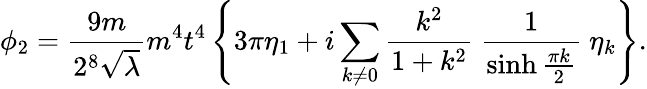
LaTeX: \phi_{2}=\frac{9m}{2^{8}\sqrt\lambda}m^{4}t^{4}\left\{ 3\pi\eta_{1}+i\sum_{k\not=0}\frac{k^{2}}{1+k^{2}}~\frac{1}{\sinh\frac{\pi k}{2}}~\eta_{k}\right\} .